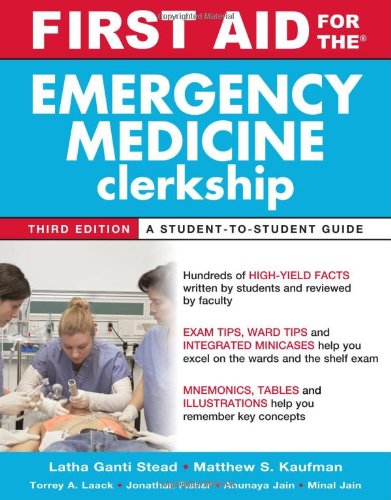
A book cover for First Aid for the Emergency Medicine Clerkship, Third Edition (First Aid Series); Latha Ganti; Medical Books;